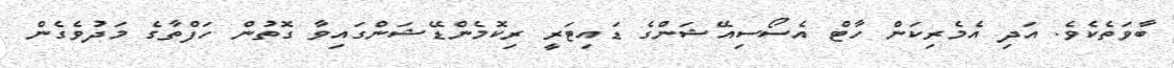
ބާވަތެކެވެ. އަދި އެމެރިކަން ހާޓް އެސޯސިއޭޝަންގެ ޑައިޓަރީ ރިކޮމެންޑޭޝަންގައިވާ ގޮތުން ހަފްތާގެ މަދުވެގެން